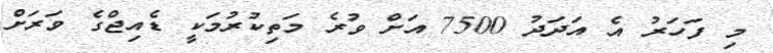
މި ފަހަރު އެ އަދަދު 7500 އަށް ވުރެ މަތިކުރުމަކީ ޑެއިޖްގެ ވަރަށް